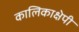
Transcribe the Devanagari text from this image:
कालिकाक्षेपी